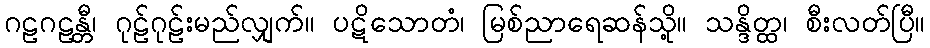
ဂဠဂဠန္တီ၊ ဂုဠ်ဂုဠ်းမည်လျှက်။ ပဋိသောတံ၊ မြစ်ညာရေဆန်သို့။ သန္ဒိတ္ထ၊ စီးလတ်ပြီ။